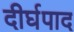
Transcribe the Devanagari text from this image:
दीर्घपाद